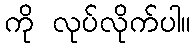
ကို လုပ်လိုက်ပါ။